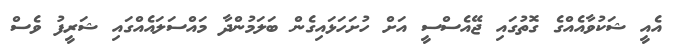
އެއީ ޝަކުވާއެއްގެ ގޮތުގައި ޖޭއެސްސީ އަށް ހުށަހަޅައިގެން ބަލަމުންދާ މައްސަލައެއްގައި ޝަރީފު ވެސް